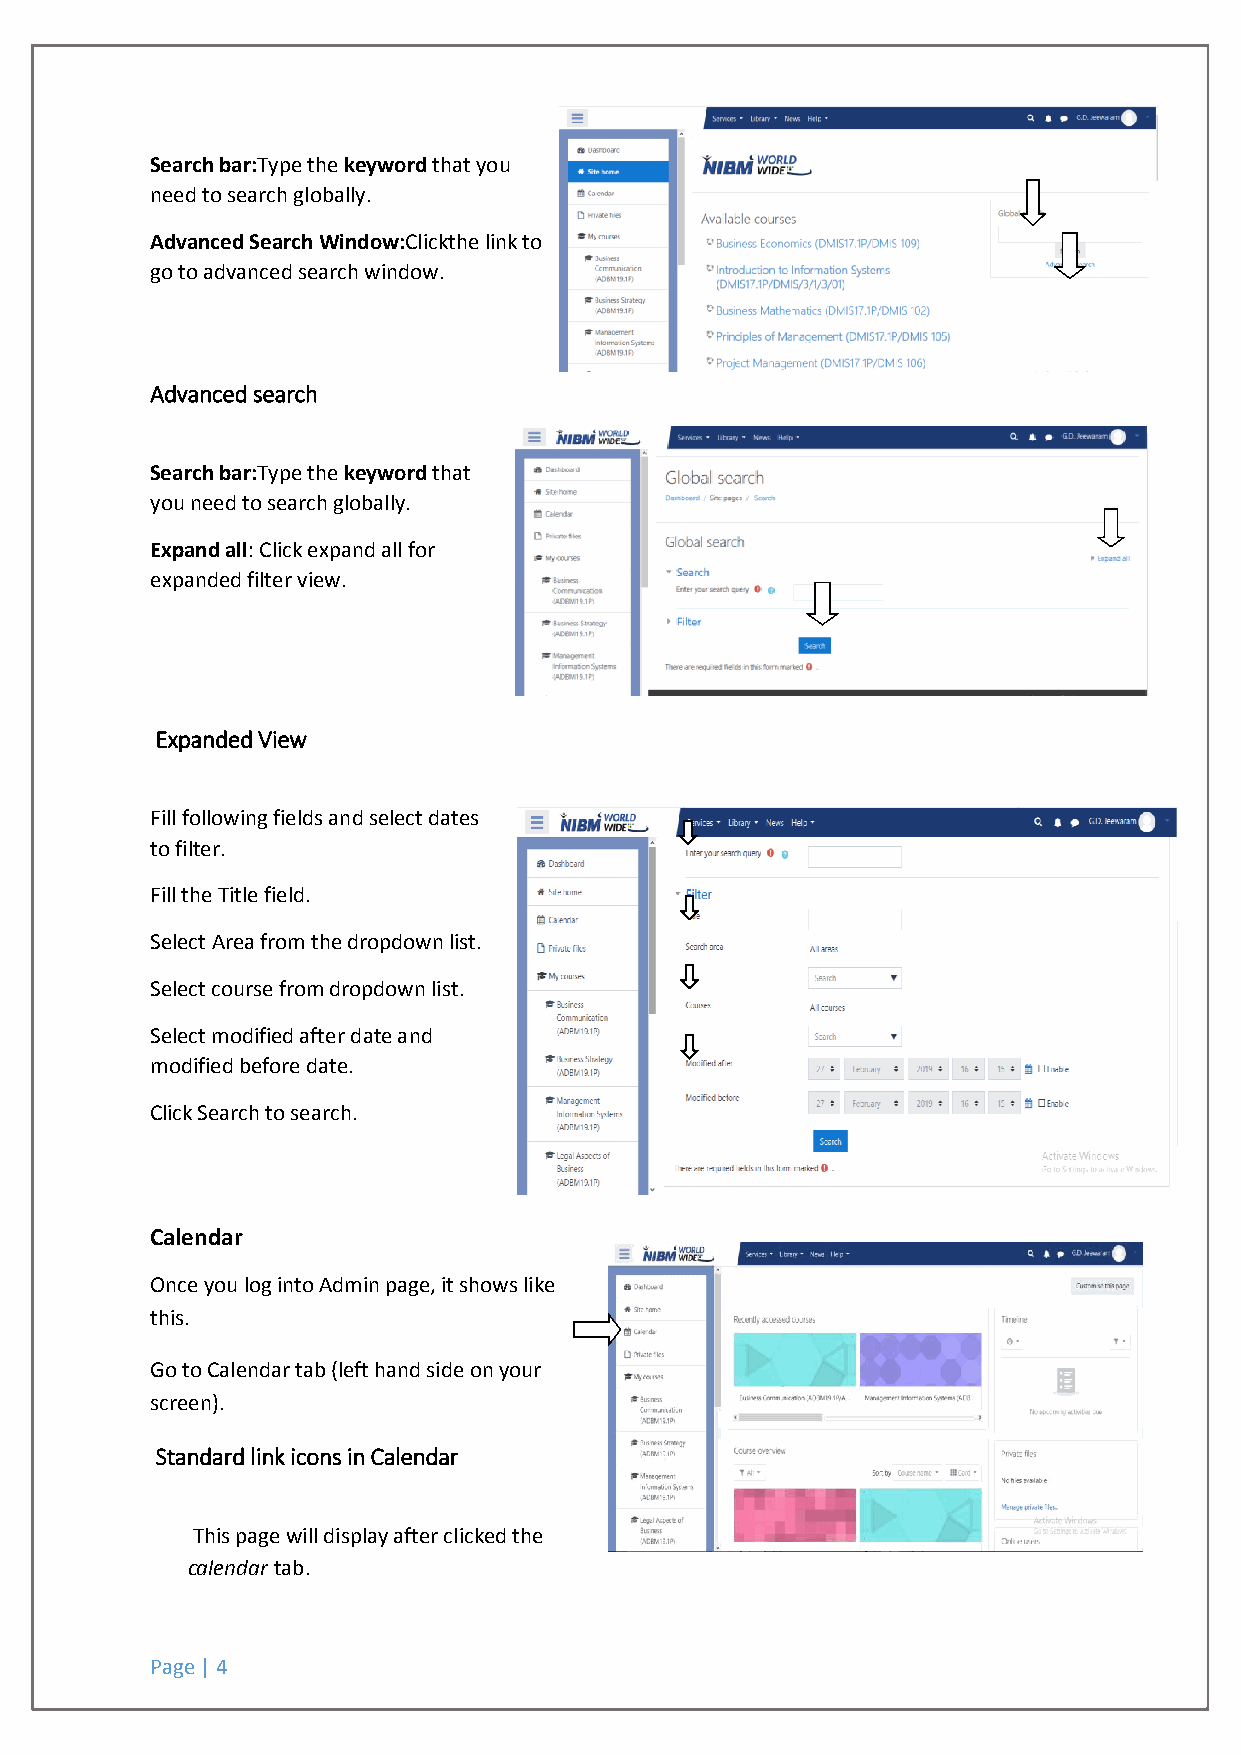
Search bar:Type the keyword that you
 need to search globally.
 Advanced Search Window:Clickthe link to
 go to advanced search window.
 Advanced search
 Search bar:Type the keyword that
 you need to search globally.
 Expand all: Click expand all for
 expanded filter view.
 Expanded View
 Fill following fields and select dates
 to filter.
 Fill the Title field.
 Select Area from the dropdown list.
 Select course from dropdown list.
 Select modified after date and
 modified before date.
 Click Search to search.
 Calendar
 Once you log into Admin page, it shows like
 this.
 Go to Calendar tab (left hand side on your
 screen).
 Standard link icons in Calendar
 This page will display after clicked the
 calendar tab.
 Page | 4